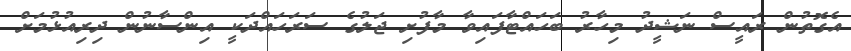
އެގޮތުން ރައީސް ނަޝީދު މިހާރު ބަހައްޓާފައިވާ މާފުށި ޖަލުގެ ސަރަހައްދަކީ އިންސާނުން ދިރިއުޅުމަށް